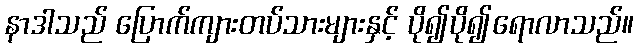
နာဒါသည် ပြောက်ကျားတပ်သားများနှင့် ပို၍ပို၍ရောလာသည်။